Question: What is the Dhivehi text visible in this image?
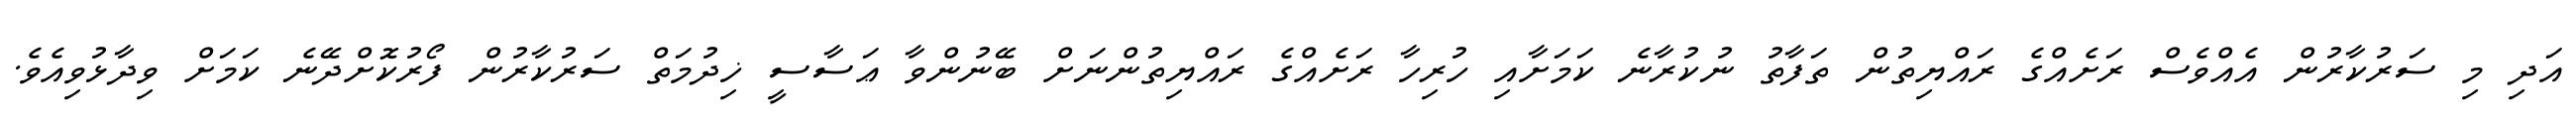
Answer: އަދި މި ސަރުކާރުން އެއްވެސް ރަށެއްގެ ރައްޔިތުން ތަފާތު ނުކުރާނެ ކަމަށާއި ހުރިހާ ރަށެއްގެ ރައްޔިތުންނަށް ބޭނުންވާ ޢަސާސީ ޚިދުމަތް ސަރުކާރުން ފޯރުކޮށްދޭނެ ކަމަށް ވިދާޅުވިއެވެ.